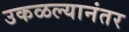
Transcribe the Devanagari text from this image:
उकळल्यानंतर